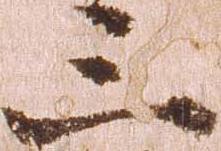
三